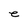
Character: e